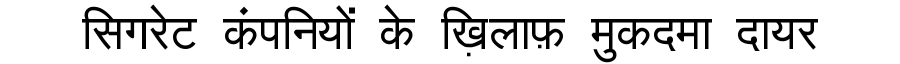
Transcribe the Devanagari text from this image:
सिगरेट कंपनियों के ख़िलाफ़ मुकदमा दायर